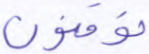
توقنون